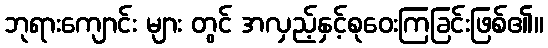
ဘုရားကျောင်း များ တွင် အလှည့်နှင့်စုဝေးကြခြင်းဖြစ်၏။